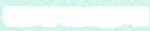
রকওয়েল